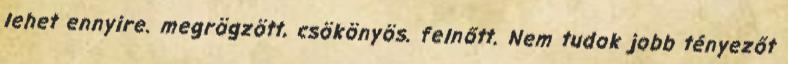
lehet ennyire. megrögzött, csökönyös. felnőtt. Nem tudok jobb tényezőt